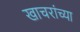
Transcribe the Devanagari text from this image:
खाचरांच्या